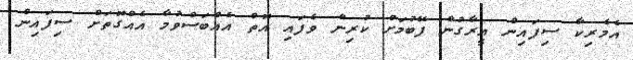
އެމެރިކާ ސިފައިން އީރާގުން ފޭބުމަށް ކުރިން ވެފައި އޮތް އެއްބަސްވުމާ އެއްގޮތަށް ސިފައިން